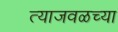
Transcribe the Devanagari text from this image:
त्याजवळच्या